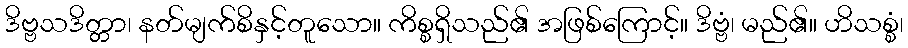
ဒိဗ္ဗသဒိတ္တာ၊ နတ်မျက်စိနှင့်တူသော။ ကိစ္စရှိသည်၏ အဖြစ်ကြောင့်။ ဒိဗ္ဗံ၊ မည်၏။ ဟိသစ္စံ၊